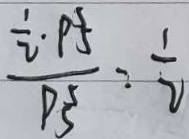
\frac { \frac { 1 } { 2 } \cdot P _ { 5 } ^ { 5 } } { P _ { 5 } ^ { 5 } } = \frac { 1 } { 2 }